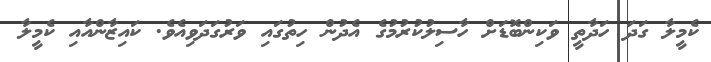
ކެމީލާ ގަދަ ހަދާތީ ވަކިންބޮޑަށް ހާސިލުކުރުމުގެ އެދުން ހިތުގައި ވަރުގަދަވިއެވެ. ކައިޒާންއާއި ކެމީލާ